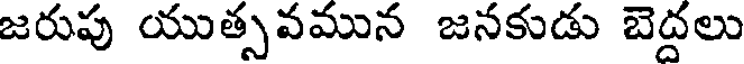
జరుపు యుత్సవమున జనకుడు బెద్దలు